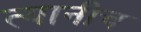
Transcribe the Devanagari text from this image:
त्यानीच